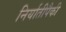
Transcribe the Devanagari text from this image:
निर्यातीपैकी